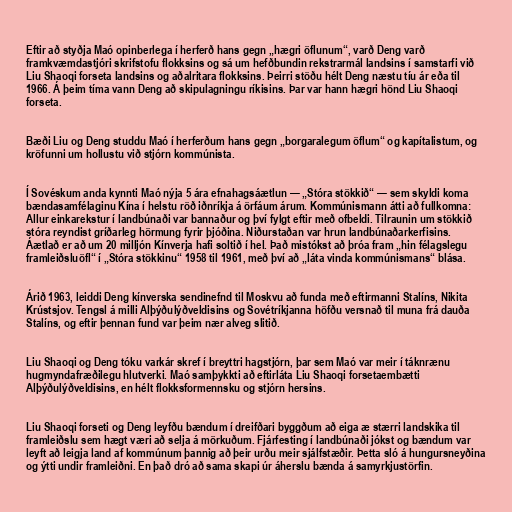
Eftir að styðja Maó opinberlega í herferð hans gegn „hægri öflunum“, varð Deng varð
framkvæmdastjóri skrifstofu flokksins og sá um hefðbundin rekstrarmál landsins í samstarfi við
Liu Shaoqi forseta landsins og aðalritara flokksins. Þeirri stöðu hélt Deng næstu tíu ár eða til
1966. Á þeim tíma vann Deng að skipulagningu ríkisins. Þar var hann hægri hönd Liu Shaoqi
forseta.

Bæði Liu og Deng studdu Maó í herferðum hans gegn „borgaralegum öflum“ og kapítalistum, og
kröfunni um hollustu við stjórn kommúnista.

Í Sovéskum anda kynnti Maó nýja 5 ára efnahagsáætlun — „Stóra stökkið“ — sem skyldi koma
bændasamfélaginu Kína í helstu röð iðnríkja á örfáum árum. Kommúnismann átti að fullkomna:
Allur einkarekstur í landbúnaði var bannaður og því fylgt eftir með ofbeldi. Tilraunin um stökkið
stóra reyndist gríðarleg hörmung fyrir þjóðina. Niðurstaðan var hrun landbúnaðarkerfisins.
Áætlað er að um 20 milljón Kínverja hafi soltið í hel. Það mistókst að þróa fram „hin félagslegu
framleiðsluöfl“ í „Stóra stökkinu“ 1958 til 1961, með því að „láta vinda kommúnismans“ blása.

Árið 1963, leiddi Deng kínverska sendinefnd til Moskvu að funda með eftirmanni Stalíns, Nikita
Krústsjov. Tengsl á milli Alþýðulýðveldisins og Sovétríkjanna höfðu versnað til muna frá dauða
Stalíns, og eftir þennan fund var þeim nær alveg slitið.

Liu Shaoqi og Deng tóku varkár skref í breyttri hagstjórn, þar sem Maó var meir í táknrænu
hugmyndafræðilegu hlutverki. Maó samþykkti að eftirláta Liu Shaoqi forsetaembætti
Alþýðulýðveldisins, en hélt flokksformennsku og stjórn hersins.

Liu Shaoqi forseti og Deng leyfðu bændum í dreifðari byggðum að eiga æ stærri landskika til
framleiðslu sem hægt væri að selja á mörkuðum. Fjárfesting í landbúnaði jókst og bændum var
leyft að leigja land af kommúnum þannig að þeir urðu meir sjálfstæðir. Þetta sló á hungursneyðina
og ýtti undir framleiðni. En það dró að sama skapi úr áherslu bænda á samyrkjustörfin.